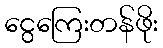
ငွေကြေးတန်ဖိုး